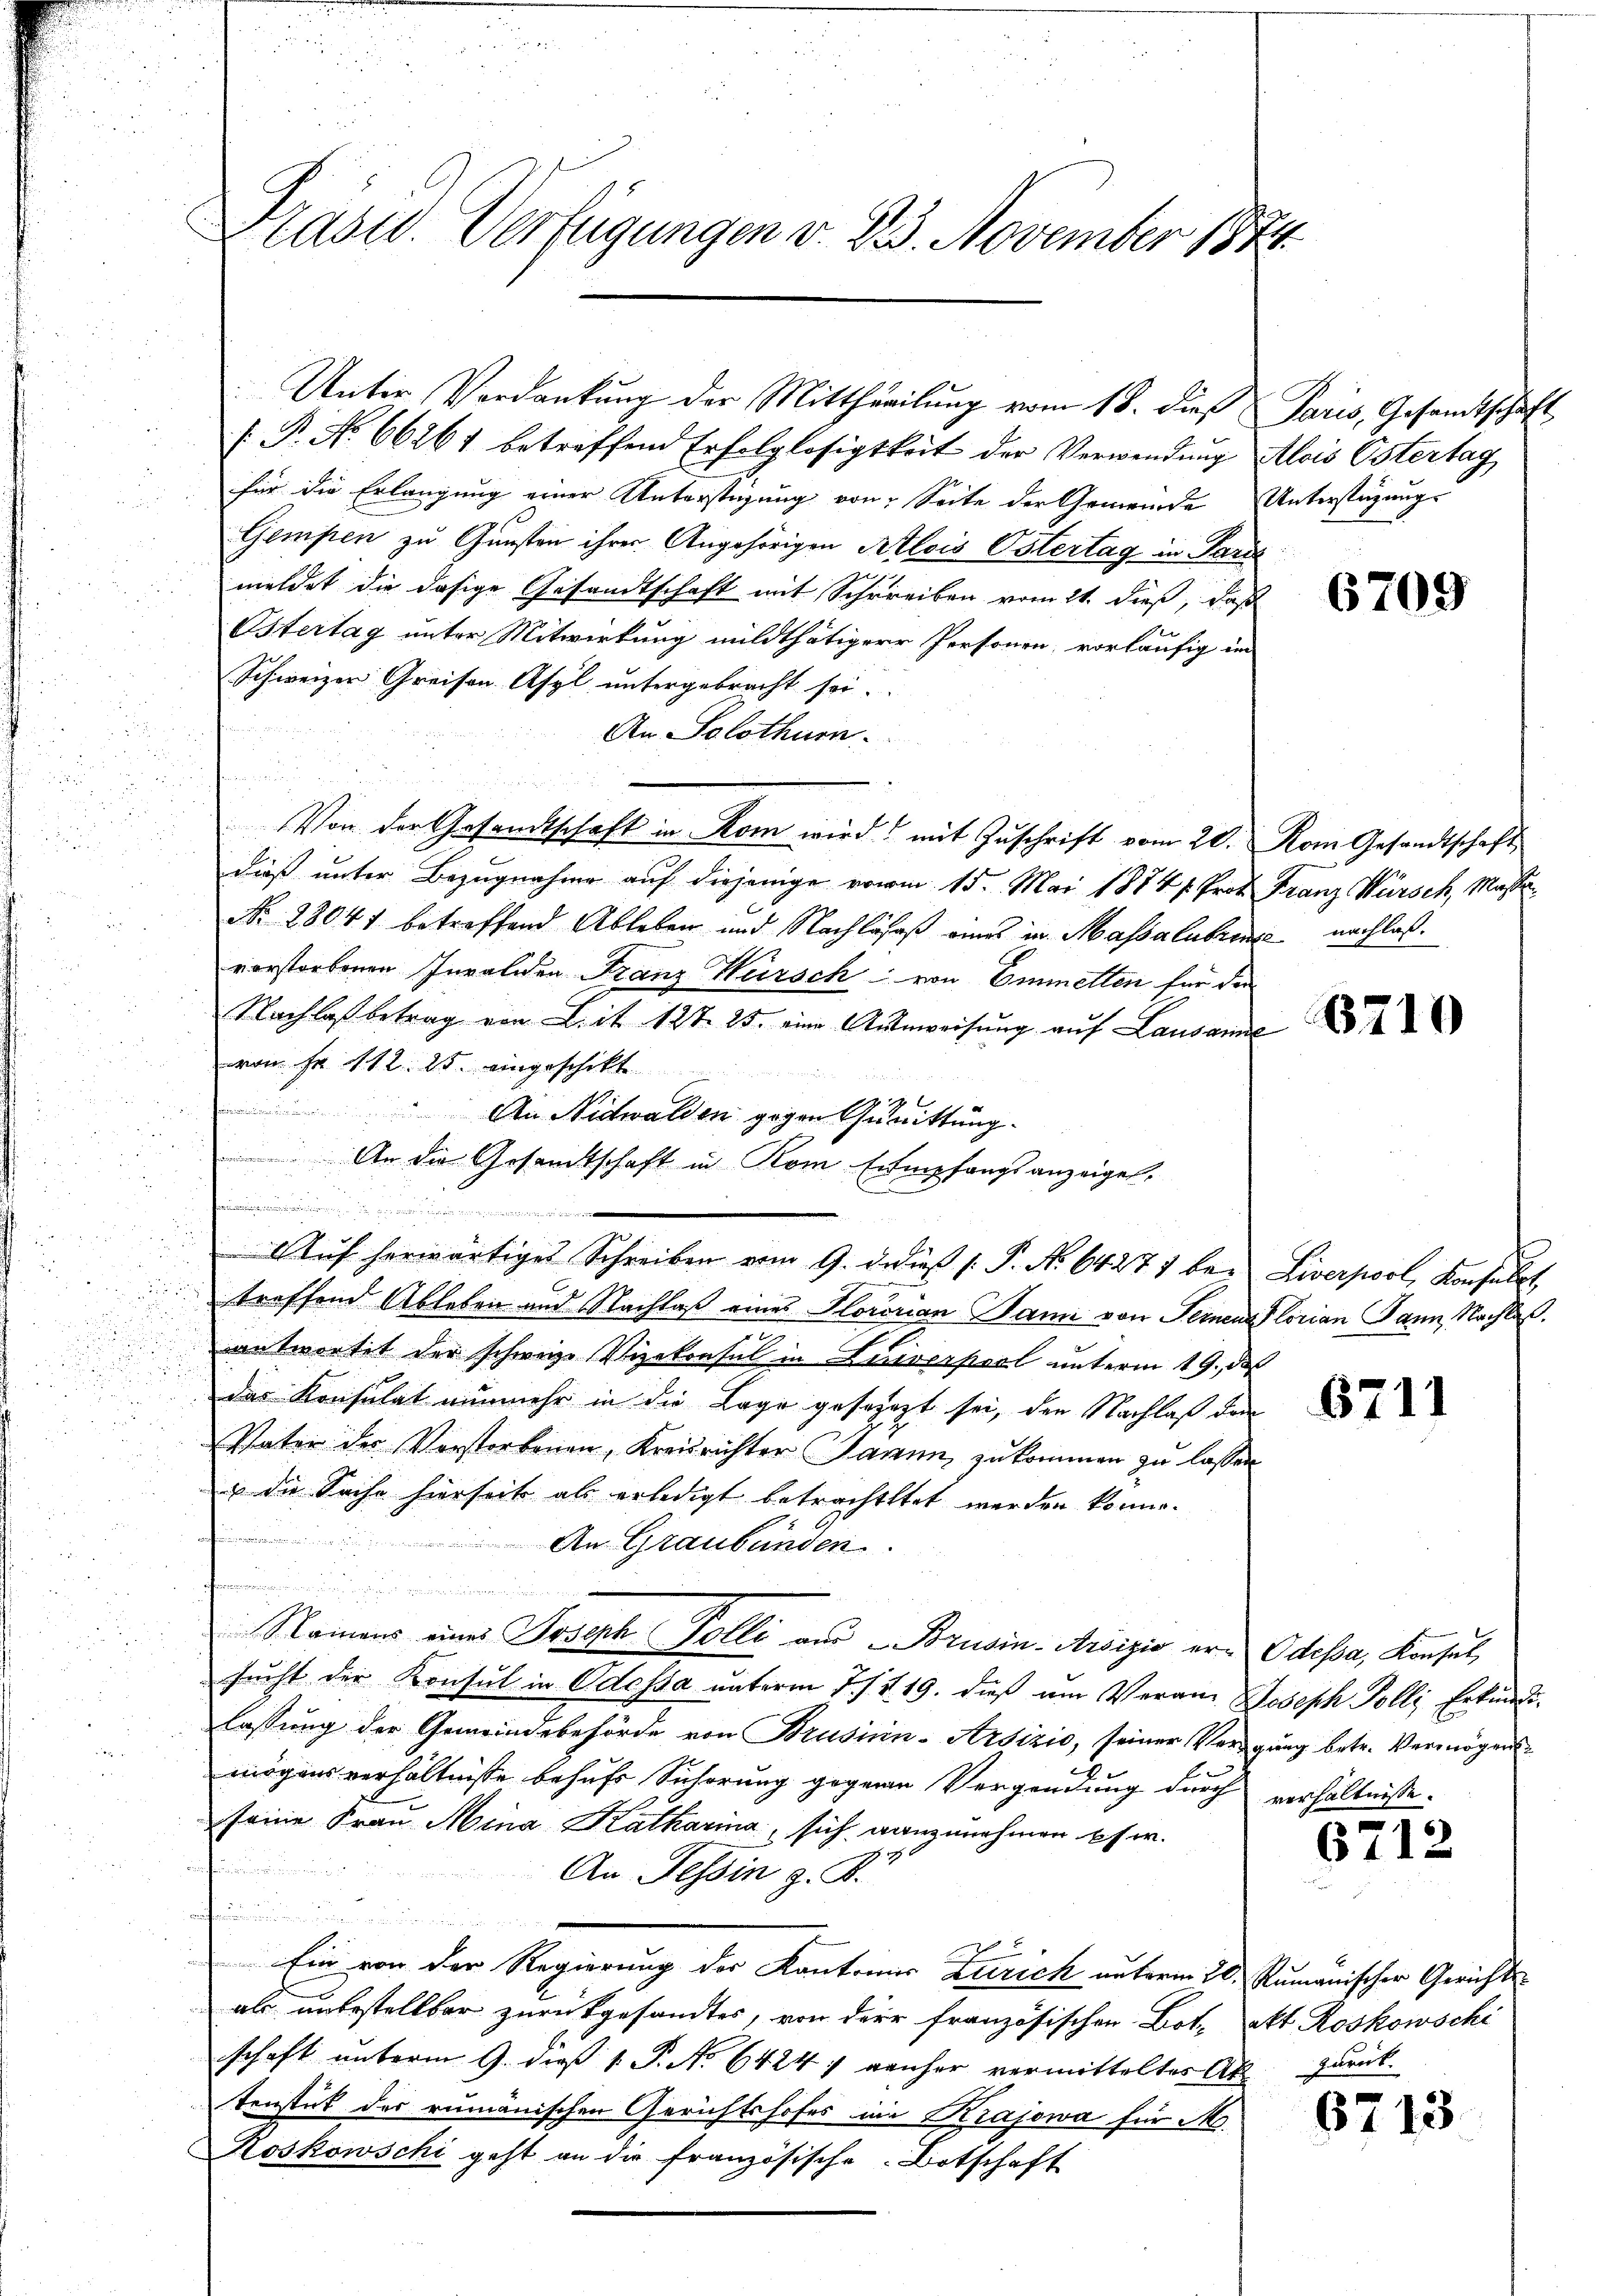
u

Präsid. Verfügungen v. 23. November 1874.

Unter Verdankung der Mittheilung vom 18. dieß Paris, Gesamtschaft
 P. No 66261 betreffend Erfolglosigkeit der Verwendung Alois Ostertag
für die Erlangung einer Unterstigung von Seite der Gemeinde Unterstüzungs
Gempen zu Gunsten ihrer Angehörigen Alois Ostertag in Parze
meldet die dasige Gesandtschaft mit Schreiben vom 21. dieß, daß
Östertag unter Mitwirkung mildthätiger Personen, vorläufig im
Schweizer Greisen Asyl untergebracht sei.
An Solothurn.
.
.
mitun
227.
5
5
Von der Gesandtschaft in Rom wird mit Zŭschrift vom 20. Rom Gesandtschaft
dieß unter Bezugnahme auf diejenige vom 15. Mai 1884/. Prof. Franz Würsch, Massen
No. 28041 betreffend Ableben und Nachläsaß eines in Massalubringe nachlaßvorstorbenen Invaliden Franz Würsch von Emmelten für die
Nachlaß betrag von L. it 127. 25. eine Aŭsweisung auf Lausanne
von Fr. 112. 25. eingeschikt
An Nidwalden gegen Quittung.
2
An die Gesandtschaft in Rom Empfangsanzeigel.
.

.
Aŭf herwärtiges Schreiben vom 9. dedies /: P. Nr. 64277 bei Liverpool, Konfüllt,
treffend Ableben und Nachlaß eines Hororian Sami von Feinen Florian Dann, Nachlaßantwortet der schweiz. Vizekonsul in Luivospool unterm 19. daß
das Konsulat nunmehr in die Lage gesorgt sei, den Nachlaß den
Vater der Verstorbenen, Kreisrichter Jamm, zukommen zu lassen
u die Sache hierseits als erledigt betrachtetet werden könne.
An Graubünden
.
Namens eines Joseph Polli aus Brusin-Arsizio er- Odessa, Konsul
sucht der Konsul in Odessa unterm 7 / 419. dieß um Veranz Joseph Polli Erkundilassung der Gemeindebehörde von Brusinn-Arsizio, seiner Vergung betr. Vermögens
mögens verhältnisse behufs Sicherung gegenen Vergendung durch verhältnisse.
seine Frau Mina Katharina, sich anzunehmen pf. w.

An Tessin z. B.
emmun
Ein von der Regierung der Kantonis Zürich unterm 20. Rumanischer Gerichts-
als unbestellbar zurückgesandtes, von der französischen Bot, akt. Roskowschi
schaft unterm 9. dieß 1. P. No 64247 genher vermittelter Abtenstück der rumänischen Gerichtshofes in Krajowa für M.
Koskowschi geht an die französische Botschaft

6709

6710

6711

6712

zurück.

6713